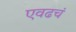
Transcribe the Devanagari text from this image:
एवढचं